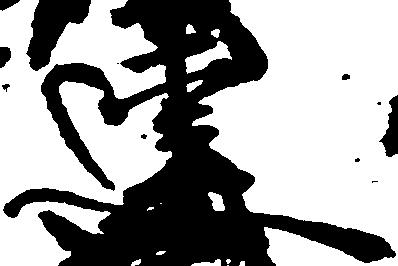
連